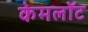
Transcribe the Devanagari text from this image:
केमलॉट